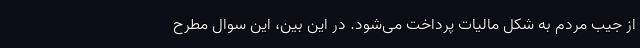
از جیب مردم به شکل مالیات پرداخت می‌شود. در این بین، این سوال مطرح